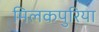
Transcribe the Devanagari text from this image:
मिलकपुरिया